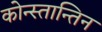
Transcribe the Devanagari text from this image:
कोन्स्तान्तिन